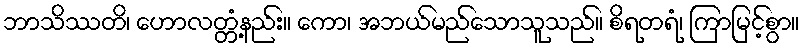
ဘာသိဿတိ၊ ဟောလတ္တံ့နည်း။ ကော၊ အဘယ်မည်သောသူသည်။ စိရတရံ၊ ကြာမြင့်စွာ။